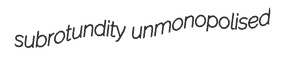
subrotundity unmonopolised